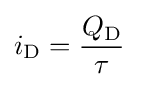
i_{\text{D}}={\frac {Q_{\text{D}}}{\tau }}\